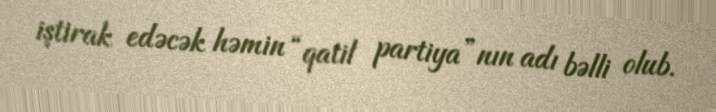
iştirak edəcək həmin “qatil partiya”nın adı bəlli olub.